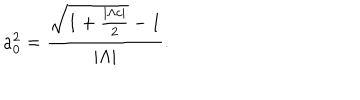
LaTeX: a _ { 0 } ^ { 2 } = \frac { \sqrt { 1 + \frac { { | \Lambda c | } } { 2 } } - 1 } { | { \Lambda | } } .